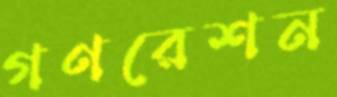
গণরেশন